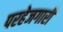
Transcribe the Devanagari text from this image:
परहेजगारी